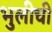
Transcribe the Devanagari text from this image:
भुलीची